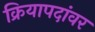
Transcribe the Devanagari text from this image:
क्रियापदांवर